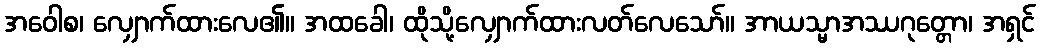
အဝေါစ၊ လျှောက်ထားလေ၏။ အထခေါ၊ ထိုသို့လျှောက်ထားလတ်လေသော်။ အာယသ္မာအဿဂုတ္တော၊ အရှင်